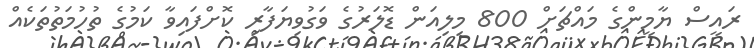
ރައީސް ޔާމީންގެ މައްޗަށް 800 މިލިއަން ޑޮލަރުގެ ވަގުވިޔަފާރި ކޮށްފައިވާ ކަމުގެ ތުހުމަތުތަކެއް